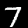
Digit: 7